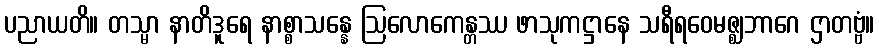
ပညာယတိ။ တသ္မာ နာတိဒူရေ နာစ္စာသန္နေ ဩလောကေန္တဿ ဖာသုကဋ္ဌာနေ သရီရဝေမဇ္ဈဘာဂေ ဌာတဗ္ဗံ။